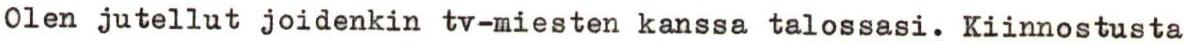
Olen jutellut joidenkin tv-miesten kanssa talossasi. Kiinnostusta